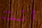
انت